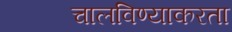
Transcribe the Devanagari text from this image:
चालविण्याकरता